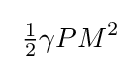
\;{\tfrac {1}{2}}\gamma PM^{2}